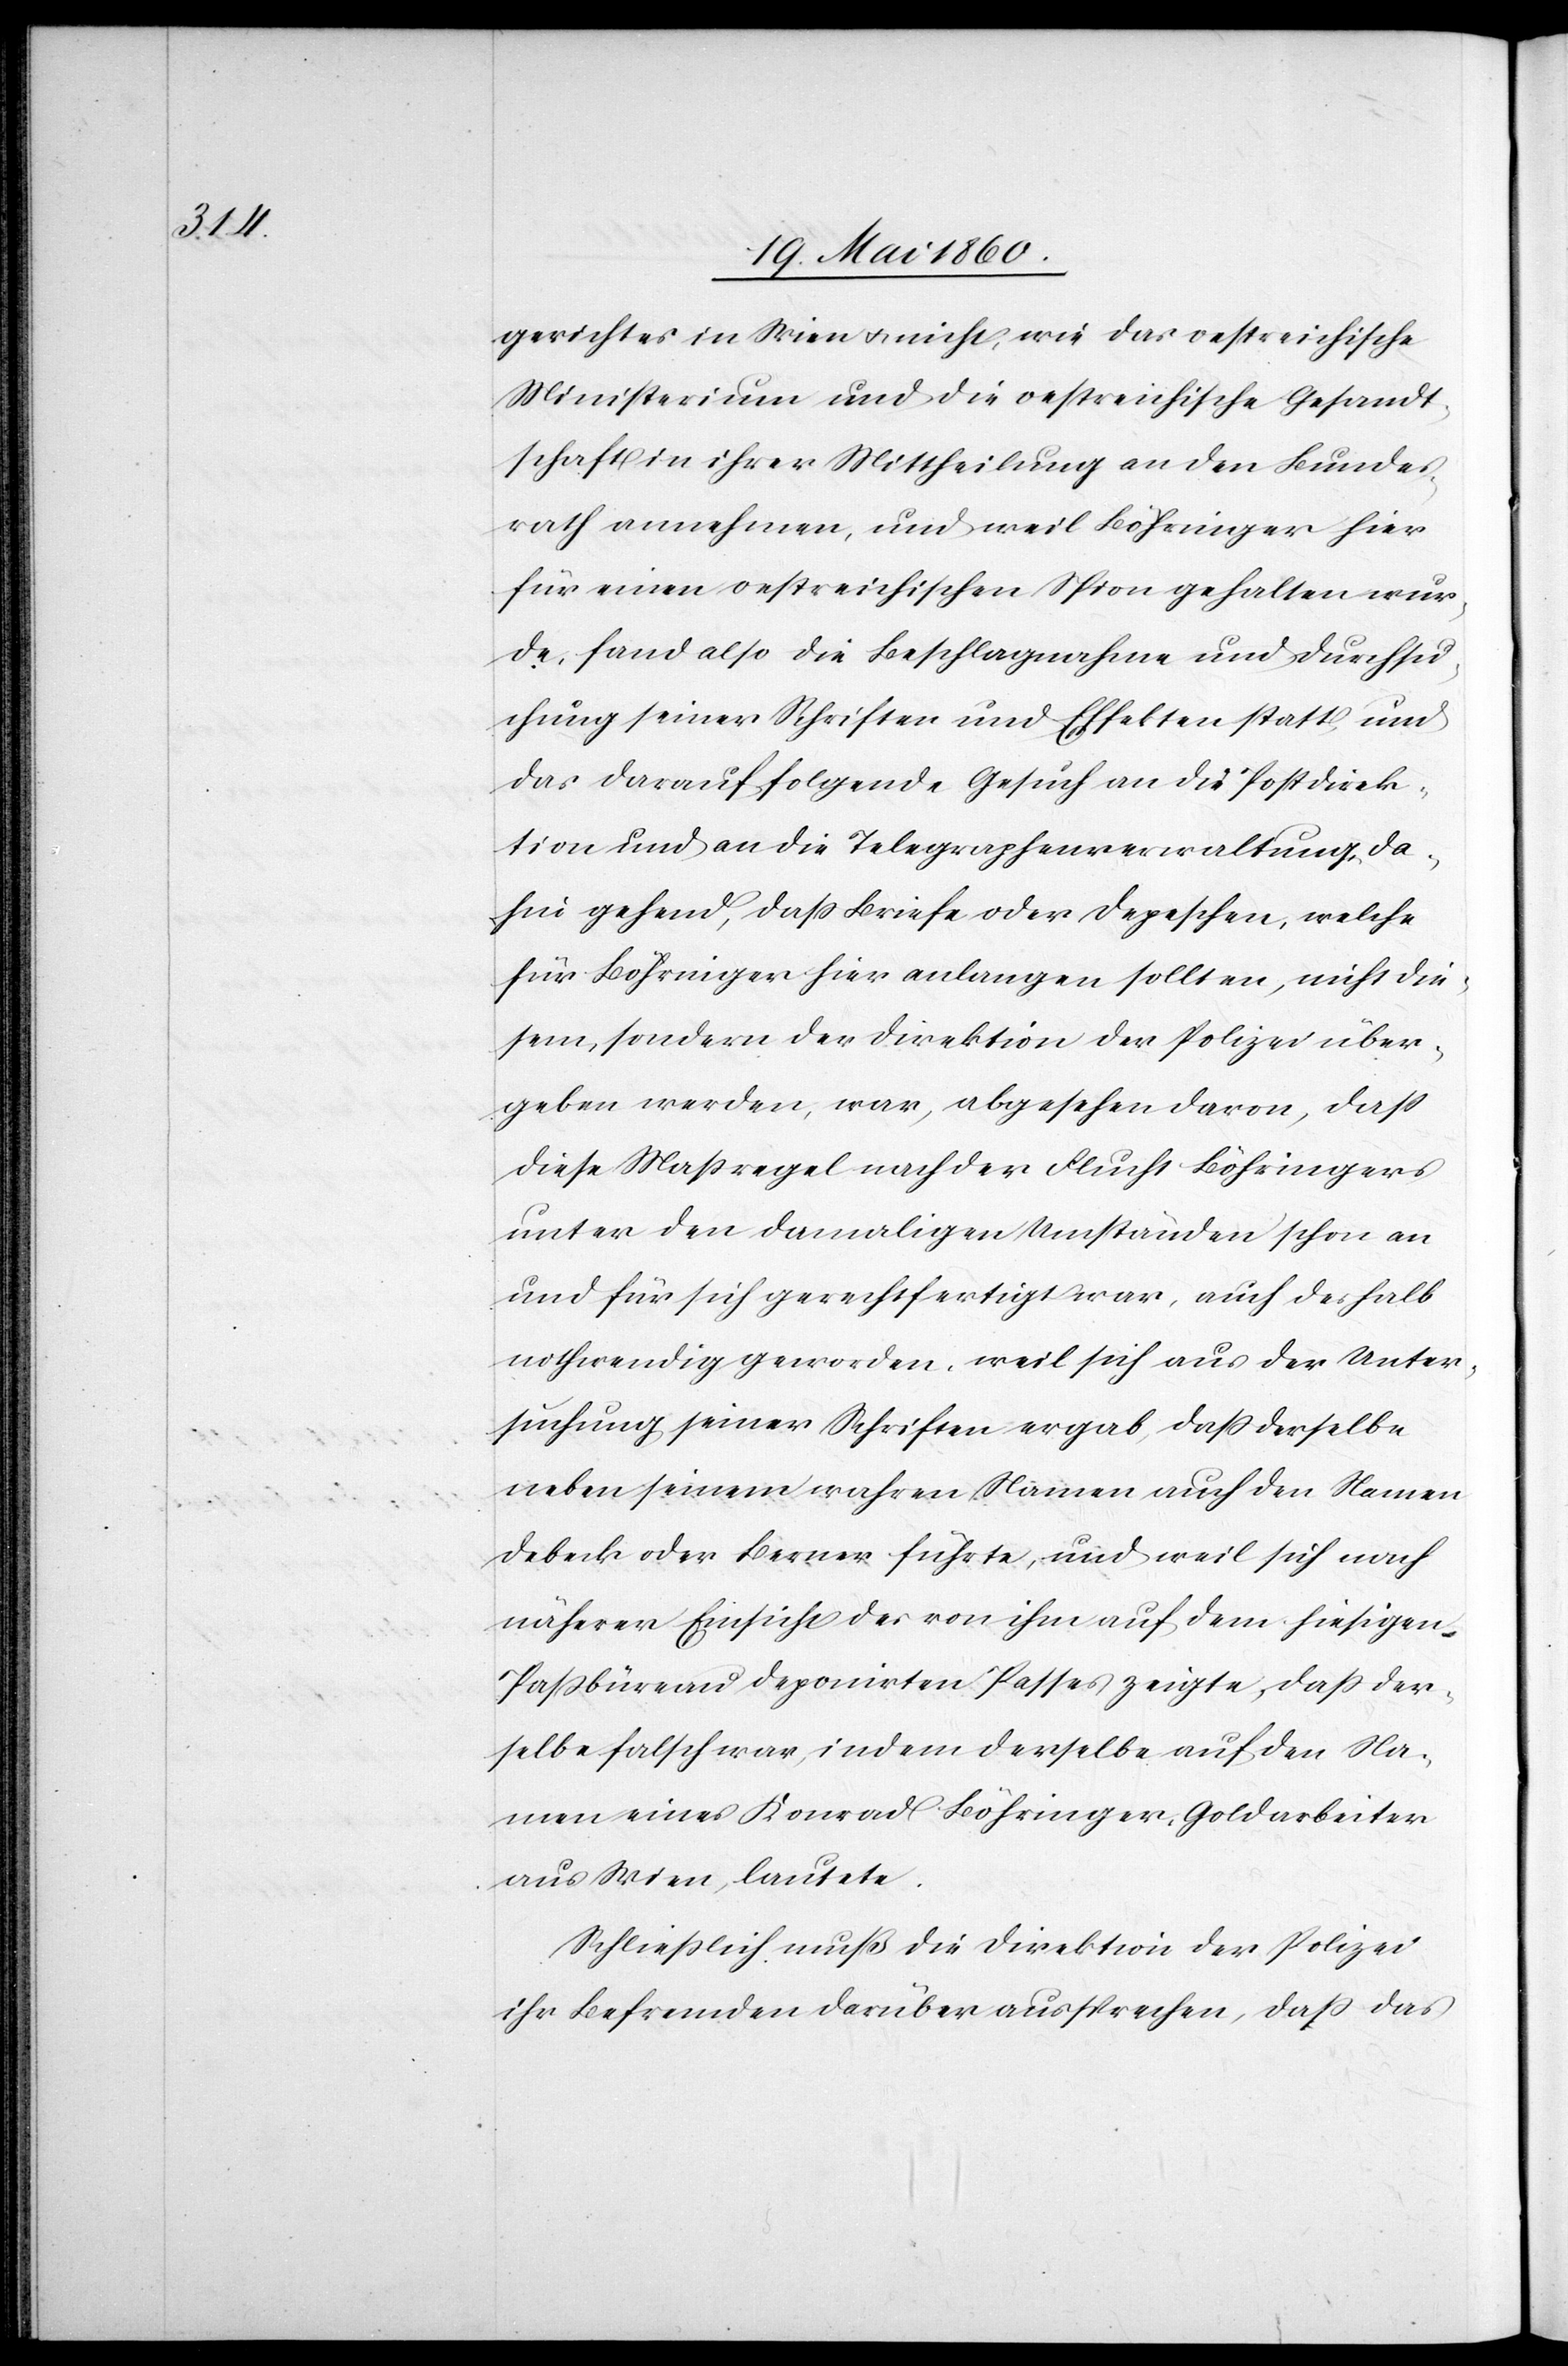
[Lan¬

d]gerichtes in Wien u. nicht wie das oestreichische
Ministerium und die oestreichische Gesandt¬
schaft in ihrer Mittheilung an den Bundes¬
rath annehmen, und weil Böhringer hier
für einen oestreichischen Spion gehalten wur¬
de, fand also die Beschlagnahme und Durchsu¬
chung seiner Schriften und Effekten statt, und
das darauf folgende Gesuch an die Postdirek¬
tion und an die Telegraphenverwaltung, da¬
hin gehend, dass Briefe oder Depeschen, welche
für Böhringer hier anlangen sollten, nicht die¬
sem, sondern der Direktion der Polizei über¬
geben werden, war, abgesehen davon, dass
diese Massregel nach der Flucht Böhringers
unter den damaligen Umständen schon an
und für sich gerechtfertigt war, auch deshalb
nothwendig geworden, weil sich aus der Unter¬
suchung seiner Schriften ergab, dass derselbe
neben seinem wahren Namen auch den Namen
Debeck oder Berner führte, und weil sich nach
näherer Einsicht des von ihm auf dem hiesigen
Passbüreau deponirten Passes zeigte, dass der¬
selbe falsch war, indem derselbe auf den Na¬
men eines Konrad Böhriger, Goldarbeiter
aus Wien, lautete.
Schliesslich muß die Direktion der Polizei
ihr Befremden darüber aussprechen, dass das